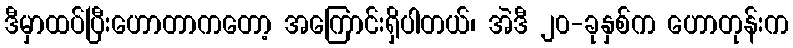
ဒီမှာထပ်ပြီးဟောတာကတော့ အကြောင်းရှိပါတယ်၊ အဲဒီ ၂၀-ခုနှစ်က ဟောတုန်းက